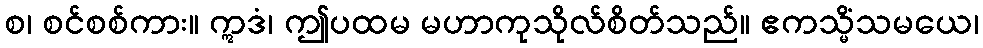
စ၊ စင်စစ်ကား။ ဣဒံ၊ ဤပထမ မဟာကုသိုလ်စိတ်သည်။ ဧကသ္မိံသမယေ၊